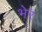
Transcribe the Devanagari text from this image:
भेर